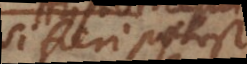
si fieri potest